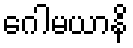
ဂေါမယာနိ